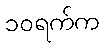
၁၀ရက်က